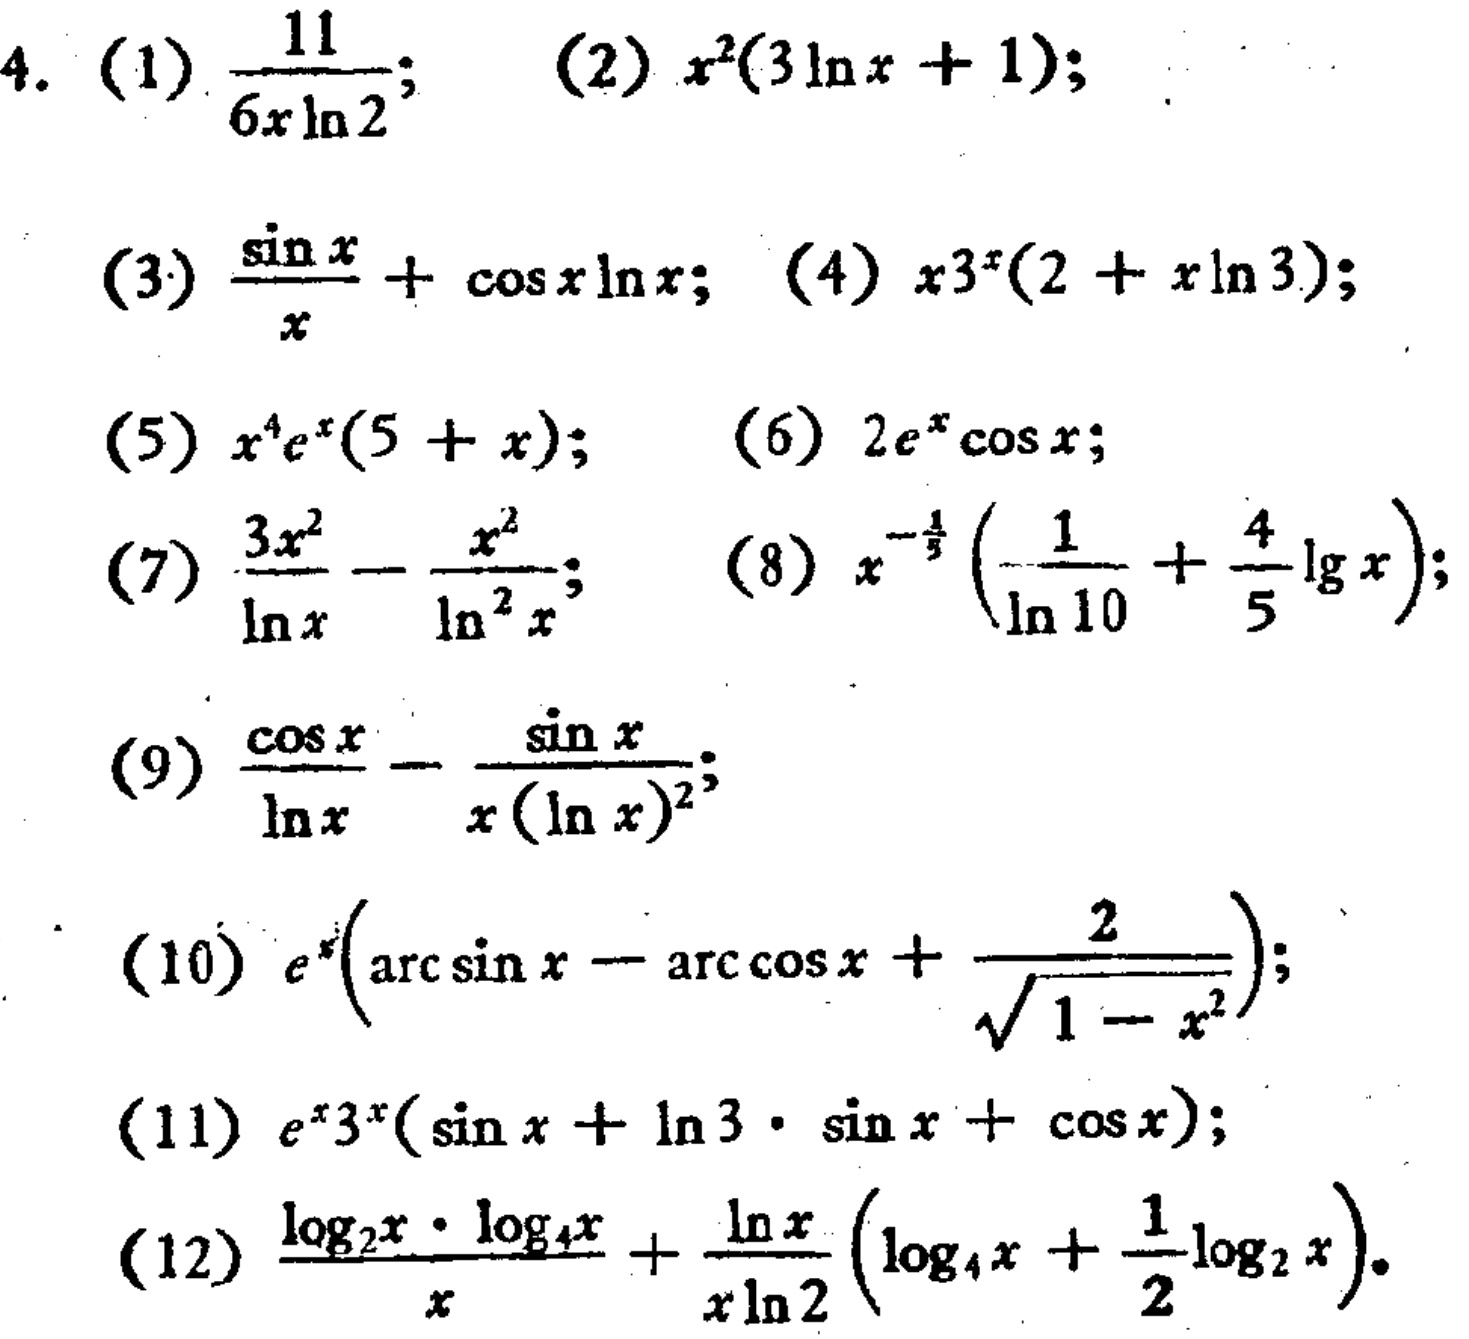
4. (1) $\frac{11}{6x\ln2}$; (2) $x^{2}(3\ln x + 1)$;
(3) $\frac{\sin x}{x}+\cos x\ln x$; (4) $x3^{x}(2 + x\ln3)$;
(5) $x^{4}e^{x}(5 + x)$; (6) $2e^{x}\cos x$;
(7) $\frac{3x^{2}}{\ln x}-\frac{x^{2}}{\ln^{2}x}$; (8) $x^{-\frac{1}{5}}\left(\frac{1}{\ln10}+\frac{4}{5}\lg x\right)$;
(9) $\frac{\cos x}{\ln x}-\frac{\sin x}{x(\ln x)^{2}}$;
(10) $e^{x}\left(\arcsin x-\arccos x+\frac{2}{\sqrt{1 - x^{2}}}\right)$;
(11) $e^{x}3^{x}(\sin x+\ln3\cdot\sin x+\cos x)$;
(12) $\frac{\log_{2}x\cdot\log_{4}x}{x}+\frac{\ln x}{x\ln2}\left(\log_{4}x+\frac{1}{2}\log_{2}x\right)$.